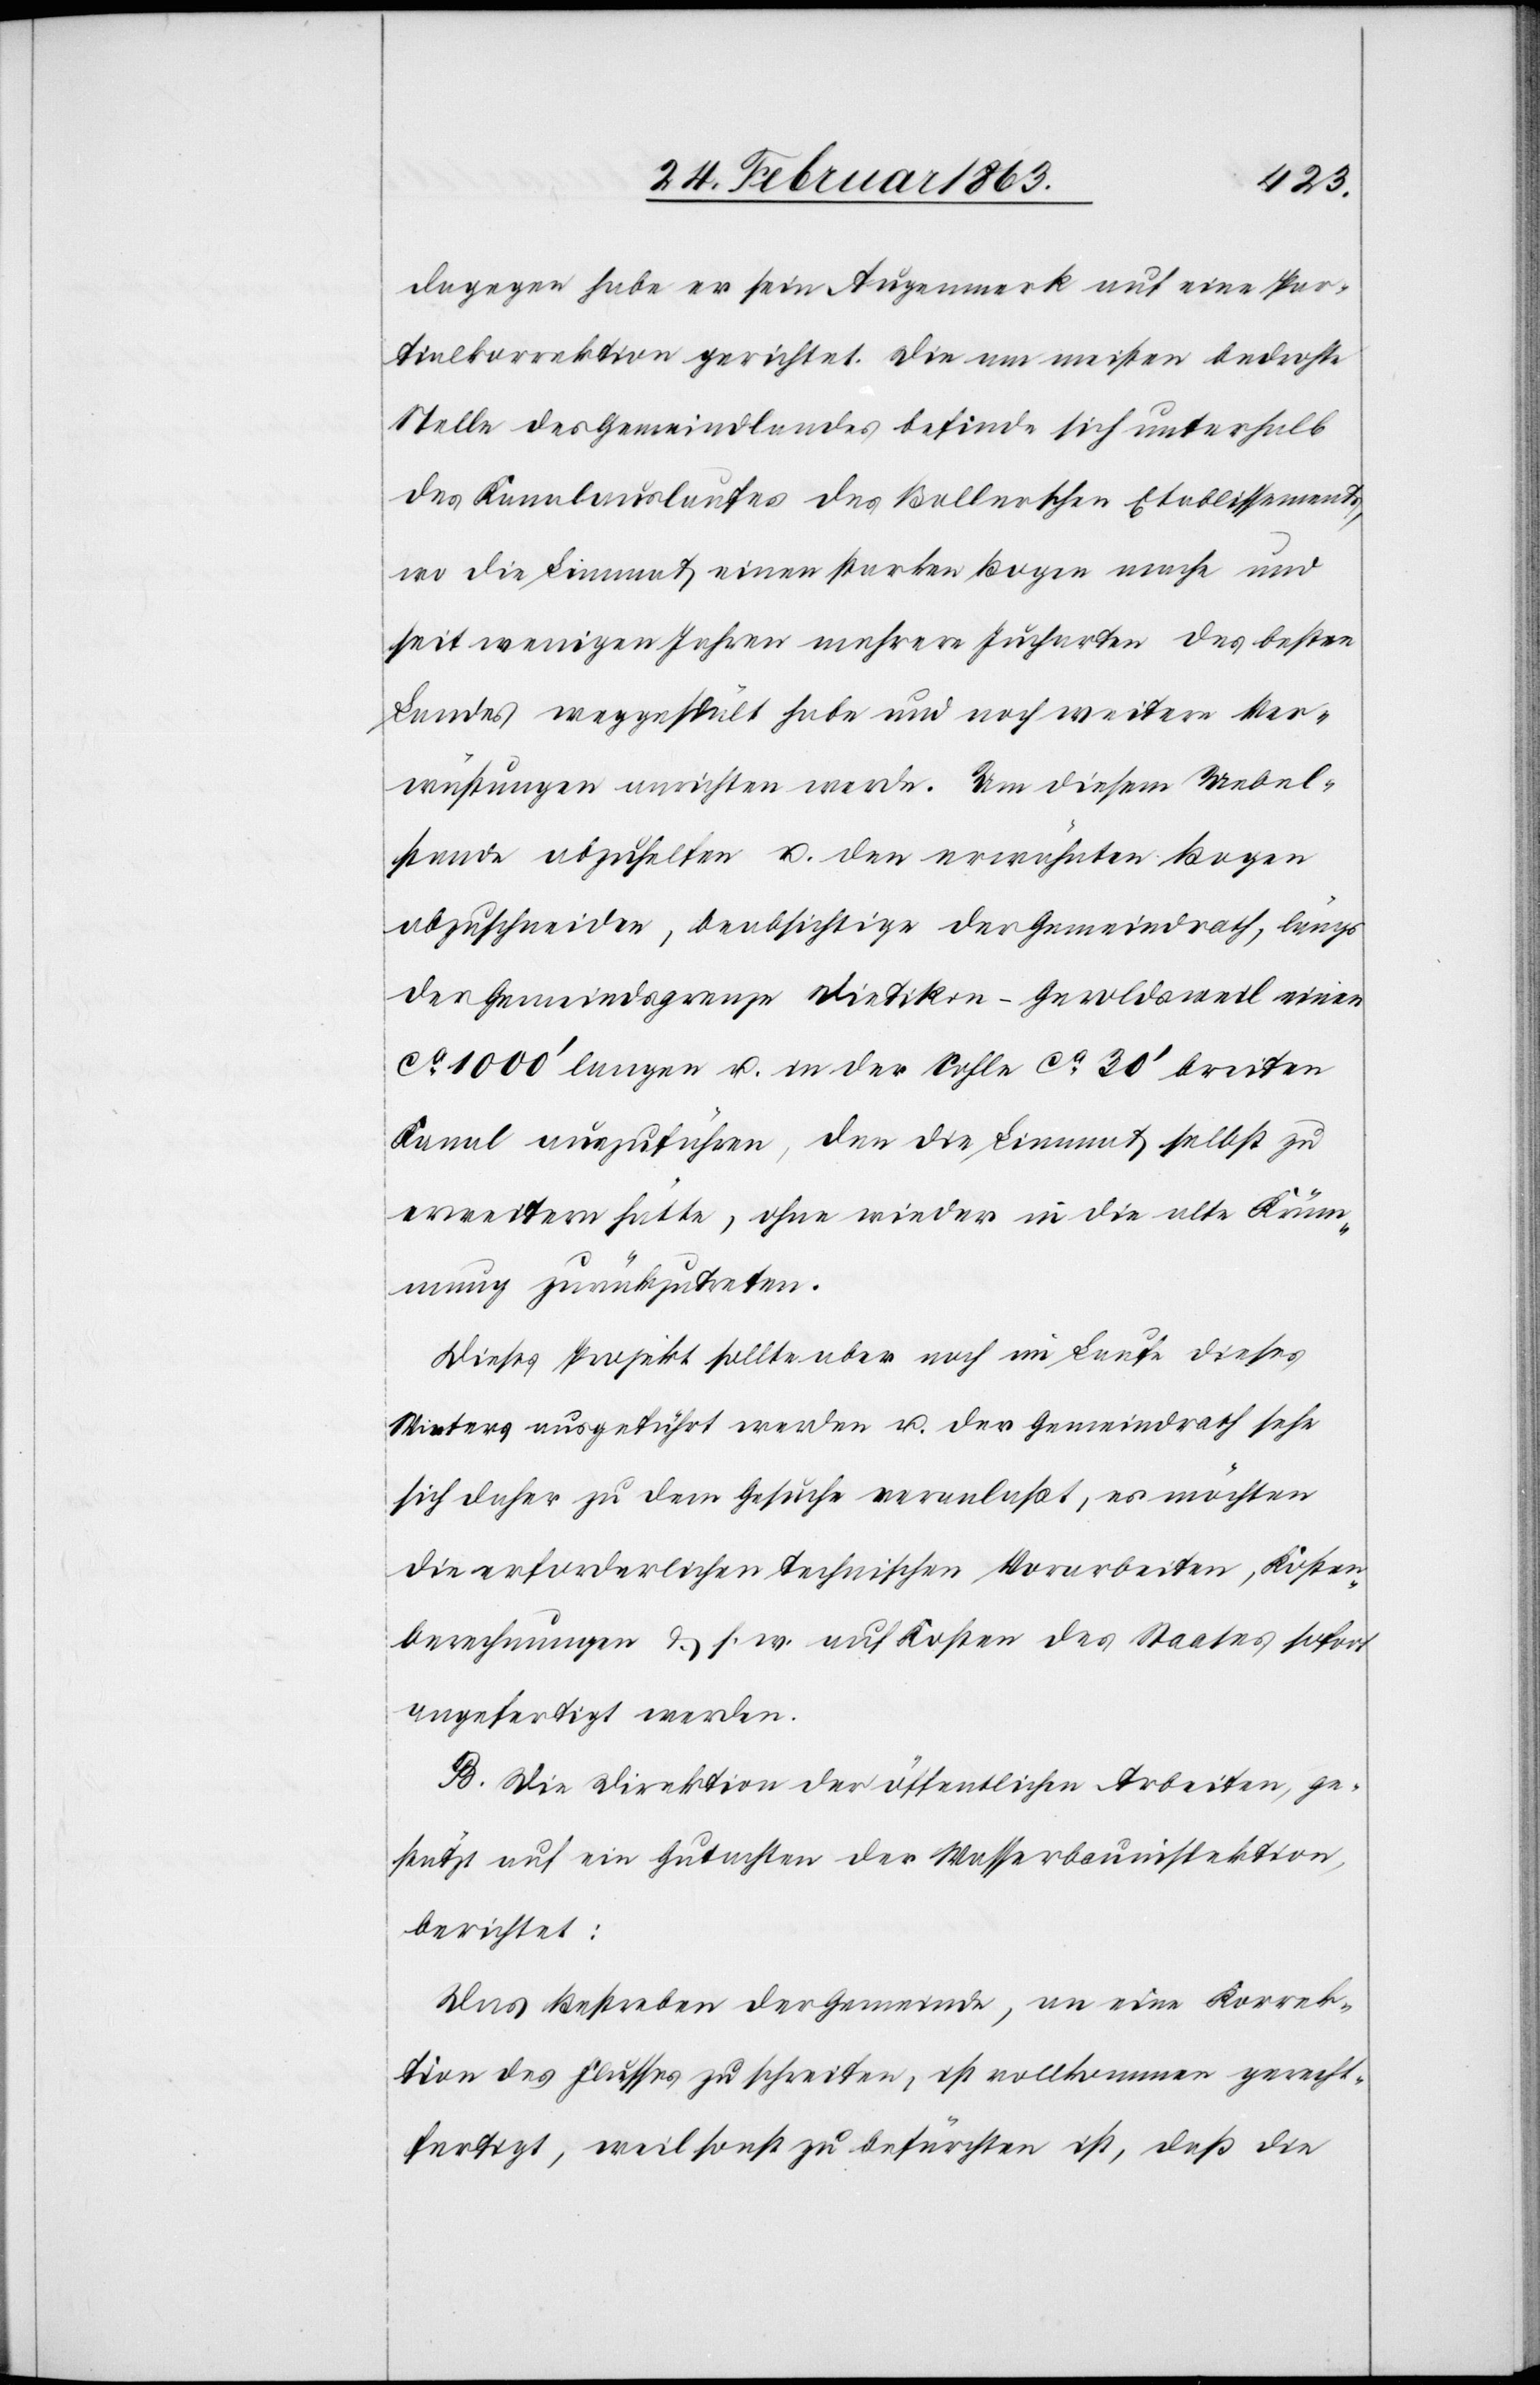
dagegen habe er sein Augenmerkt auf eine Par¬
tialkorrektion gerichtet. Die am meisten bedrohte
Stelle des Gemeindlandes befinde sich unterhalb
des Kanalauslaufes des Bollerschen Etablissements,
wo die Limmat einen starken Bogen mache und
seit wenigen Jahren mehrere Jucharten des besten
Landes weggespült habe und noch weitere Ver¬
wüstungen anrichten werde. Um diesem Uebel¬
stande abzuhelfen u. den erwähnten Bogen
abzuschneiden, beabsichtige der Gemeindrath, längs
der Gemeindsgrenze Dietikon–Geroldsweil einen
ca 1000' langen u. in der Sohle ca 30' breiten
Kanal auszuführen, den die Limmat selbst zu
erweitern hatte, ohne wieder in die alte Krüm¬
mung zurückzutreten.
Dieses Projekt sollte aber noch im Laufe dieses
Winters ausgeführt werde u. der Gemeindrath sehe
sich daher zu dem Gesuche veranlaßt, es möchten
die erforderlichen technischen Vorarbeiten, Kosten¬
berechnungen & s. w. auf Kosten des Staates sofort
angefertigt werden.
B. Die Direktion der öffentlichen Arbeiten, ge¬
stützt auf ein Gutachten der Wasserbauinspektion,
berichtet:
Das Bestreben der Gemeinde, an eine Korrek¬
tion des Flusses zu schreiten, ist vollkommen gerecht¬
fertigt, weil sonst zu befürchten ist, daß die